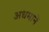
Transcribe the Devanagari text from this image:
अधमानें